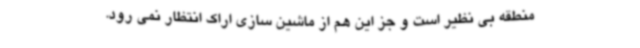
منطقه بی نظیر است و جز این هم از ماشین سازی اراک انتظار نمی رود.